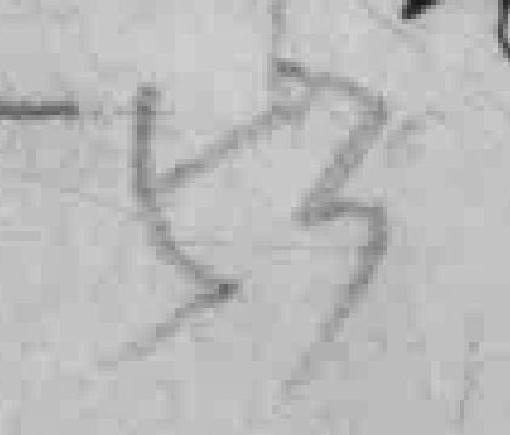
53